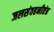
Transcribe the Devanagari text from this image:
जलसंवहनीतंत्र